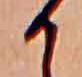
か